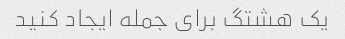
یک هشتگ برای جمله ایجاد کنید